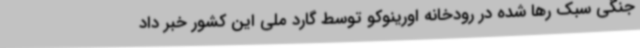
جنگی سبک رها شده در رودخانه اورینوکو توسط گارد ملی این کشور خبر داد